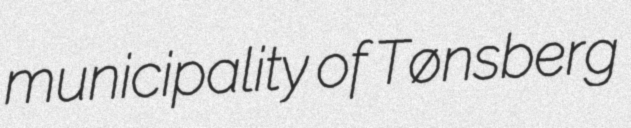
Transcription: municipality of Tønsberg